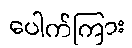
ပေါက်ကြား